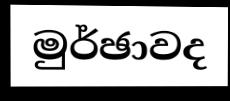
මුර්ඡාවද